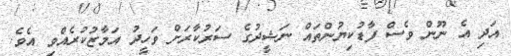
އަދި އެ ނޫން ވެސް ފާޑުކިޔުންތައް ނަޝީދުގެ ސަރުކާރަށް ވަހީދު އަމާޒުކުރެއްވި އެވެ.